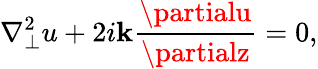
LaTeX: \nabla_{\perp}^{2}u+2i\mathbf{k}{\frac{{\partialu}}{{\partialz}}}=0,